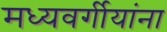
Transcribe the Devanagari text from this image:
मध्यवर्गीयांना